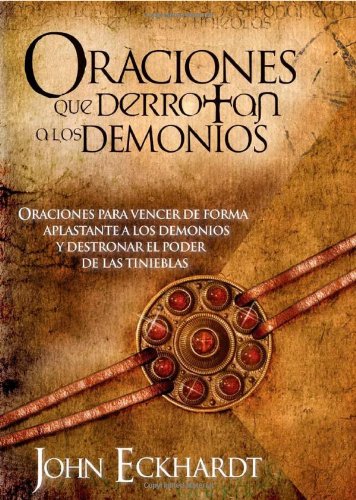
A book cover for Oraciones Que Derrotan A Los Demonios: Oraciones para vencer de forma aplastante a los demonios (Spanish Edition); John Eckhardt; Christian Books & Bibles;